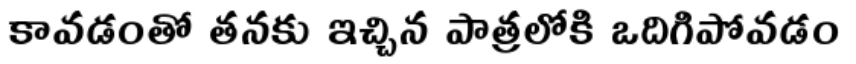
కావడంతో తనకు ఇచ్చిన పాత్రలోకి ఒదిగిపోవడం